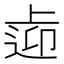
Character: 𨓑